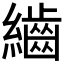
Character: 𮉕